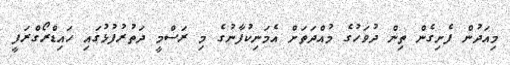
މިއަދުން ފެށިގެން ތިން ދުވަހުގެ މުއްދަތަށް އެމަނިކުފާނުގެ މި ރަސްމީ ދަތުރުފުޅުގައި ހައިޑްރޯގްރަފީ